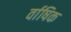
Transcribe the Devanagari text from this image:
र्वाषिक